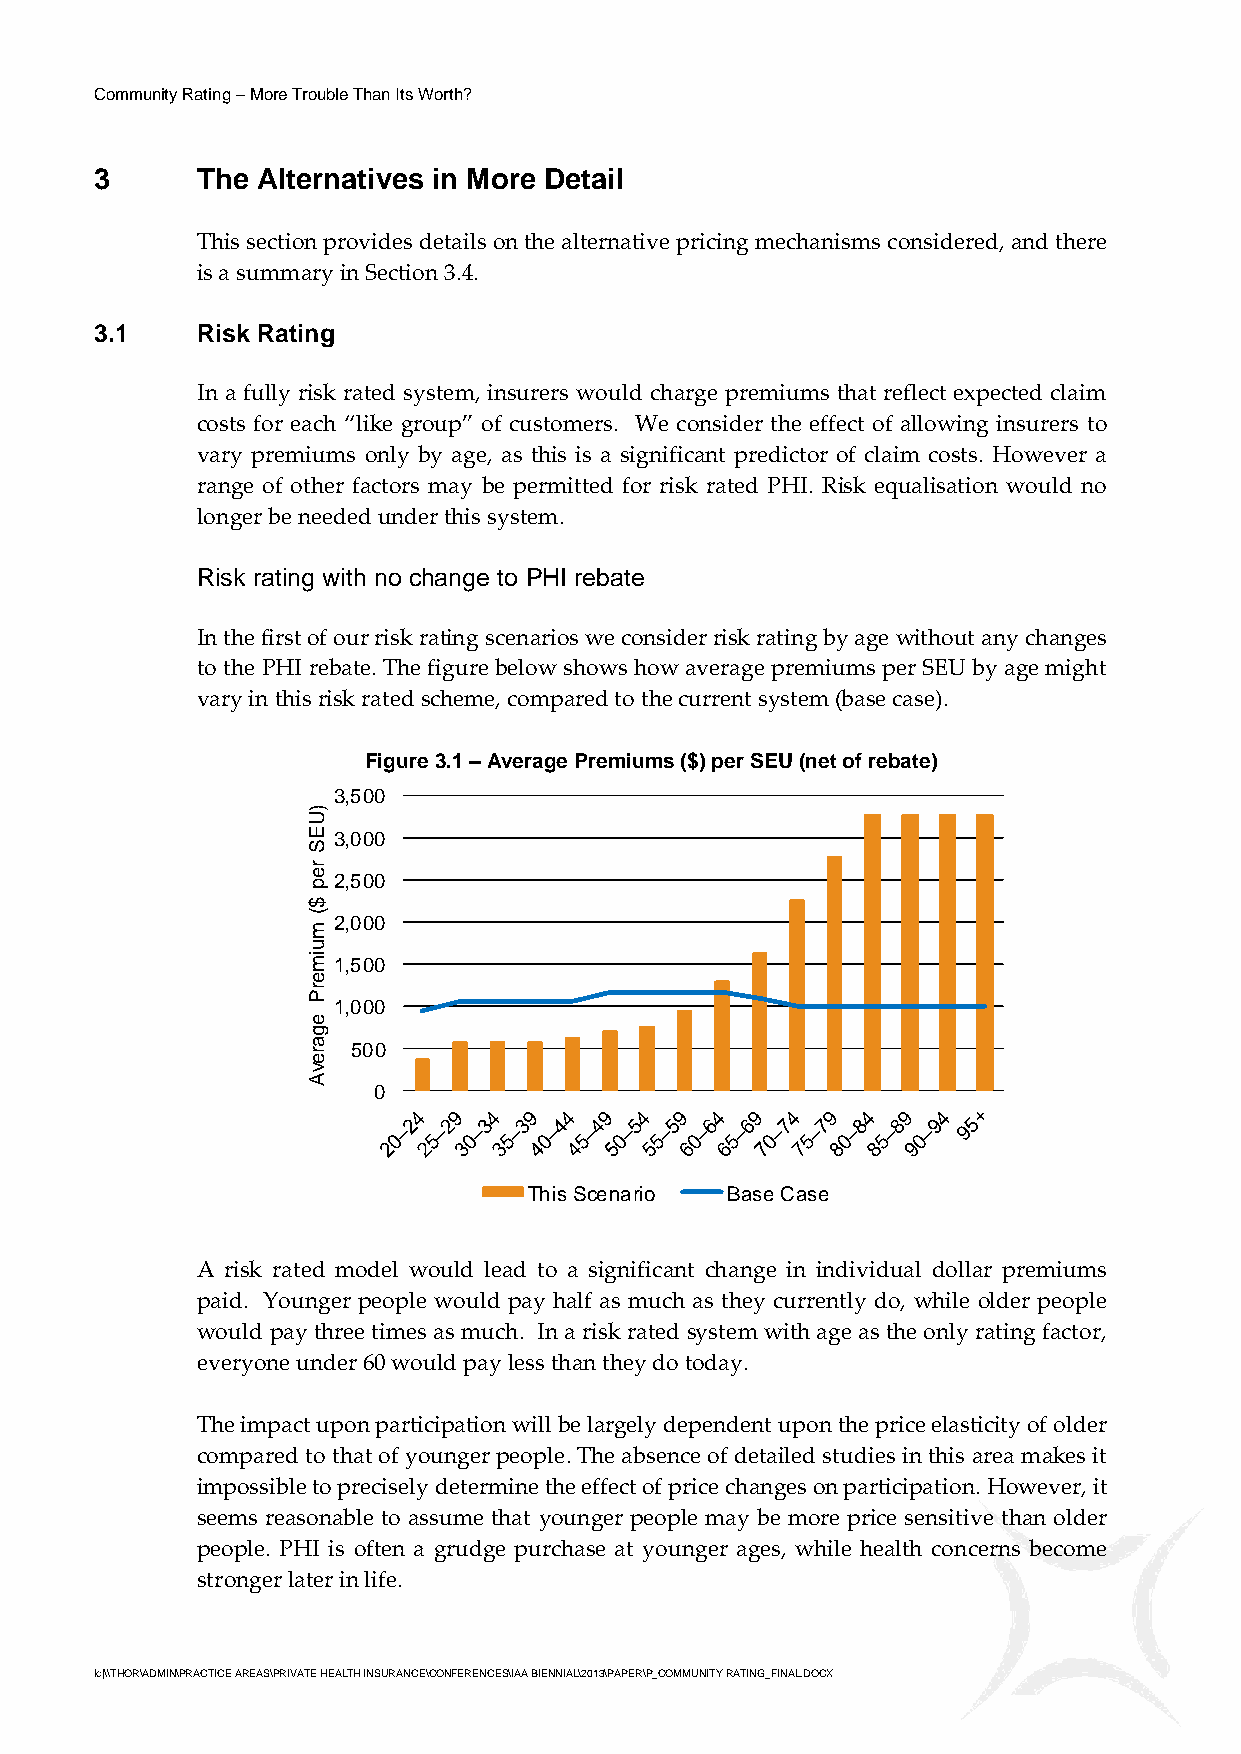
Community Rating – More Trouble Than Its Worth?
 3      The Alternatives in More Detail
 This section provides details on the alternative pricing mechanisms considered, and there
 is a summary in Section 3.4.
 3.1    Risk Rating
 In a fully risk rated system, insurers would charge premiums that reflect expected claim
 costs for each “like group” of customers. We consider the effect of allowing insurers to
 vary premiums only by age, as this is a significant predictor of claim costs. However a
 range of other factors may be permitted for risk rated PHI. Risk equalisation would no
 longer be needed under this system.
 Risk rating with no change to PHI rebate
 In the first of our risk rating scenarios we consider risk rating by age without any changes
 to the PHI rebate. The figure below shows how average premiums per SEU by age might
 vary in this risk rated scheme, compared to the current system (base case).
 Figure 3.1 – Average Premiums ($) per SEU (net of rebate)
 3,500
 )U
 E3,000
 S
 r
 e2,500
 p
 $
 (
 m2,000
 u
 im1,500
 e
 r
 P
 1,000
 e
 g
 a r 500
 e
 v
 A
 0
 This Scenario Base Case
 A risk rated model would lead to a significant change in individual dollar premiums
 paid. Younger people would pay half as much as they currently do, while older people
 would pay three times as much. In a risk rated system with age as the only rating factor,
 everyone under 60 would pay less than they do today.
 The impact upon participation will be largely dependent upon the price elasticity of older
 compared to that of younger people. The absence of detailed studies in this area makes it
 impossible to precisely determine the effect of price changes on participation. However, it
 seems reasonable to assume that younger people may be more price sensitive than older
 people. PHI is often a grudge purchase at younger ages, while health concerns become
 stronger later in life.
 lc|\\THOR\ADMIN\PRACTICE AREAS\PRIVATE HEALTH INSURANCE\CONFERENCES\IAA BIENNIAL\2013\PAPER\P_COMMUNITY RATING_FINAL.DOCX